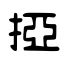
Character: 掗